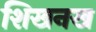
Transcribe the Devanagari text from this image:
शिखनख